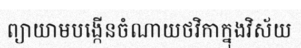
ព្យាយាមបង្កើនចំណាយថវិកាក្នុងវិស័យ